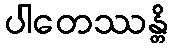
ပါတေဿန္တိ